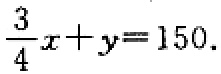
$\frac{3}{4}x + y = 150.$